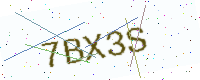
Text: 7BX3S